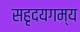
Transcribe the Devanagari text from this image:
सहृदयगम्य